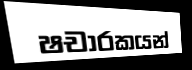
ෂචාරකයන්